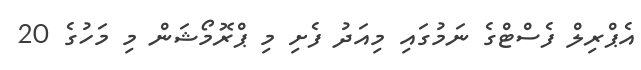
އެޕްރިލް ފެސްޓްގެ ނަމުގައި މިއަދު ފެށި މި ޕްރޮމޯޝަން މި މަހުގެ 20